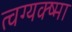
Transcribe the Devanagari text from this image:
त्वग्यक्ष्मा